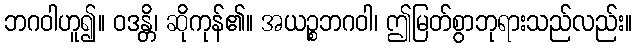
ဘဂဝါဟူ၍။ ဝဒန္တိ၊ ဆိုကုန်၏။ အယဉ္စဘဂဝါ၊ ဤမြတ်စွာဘုရားသည်လည်း။